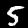
Label: 5